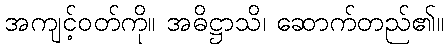
အကျင့်ဝတ်ကို။ အဓိဋ္ဌာသိ၊ ဆောက်တည်၏။